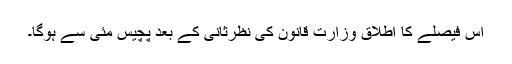
اس فیصلے کا اطلاق وزارت قانون کی نظرثانی کے بعد پچیس مئی سے ہوگا۔